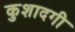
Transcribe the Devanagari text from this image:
कुशादगी